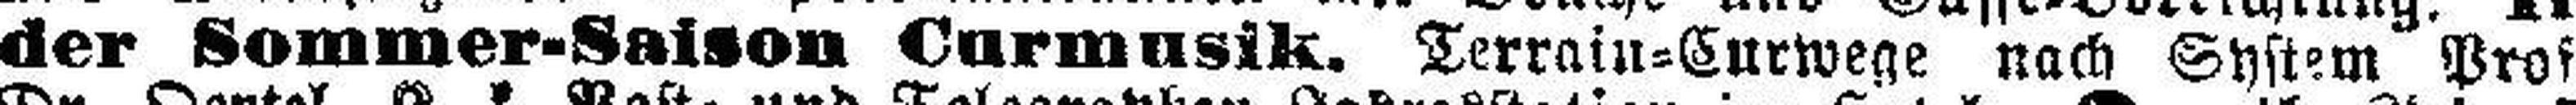
der Sommer-Saison Curmusik. Terrain=Curwege nach System Prof